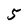
Character: 5